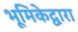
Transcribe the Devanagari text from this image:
भूमिकेद्वारा